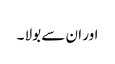
اور ان سے بولا ۔